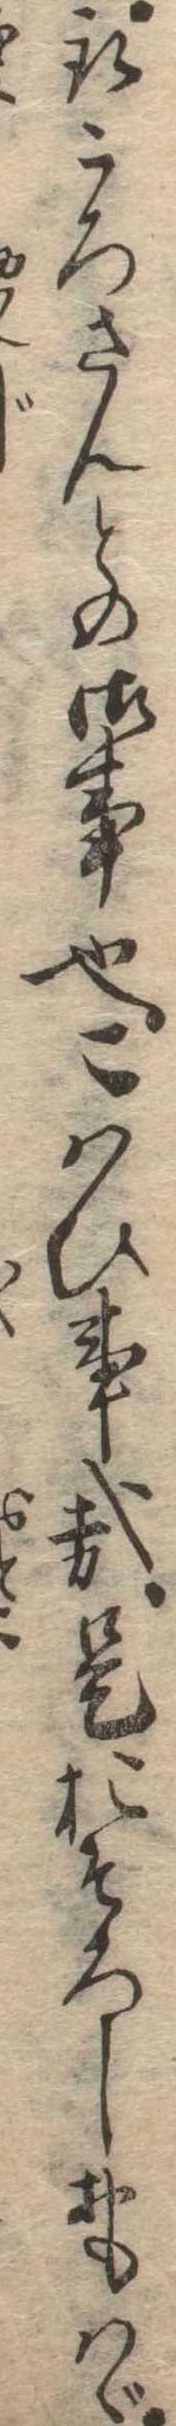
取ころさんとの御事也こはひ事哉是おそろしおもはゞ